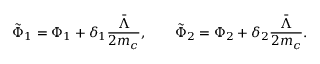
\tilde { \Phi } _ { 1 } = \Phi _ { 1 } + \delta _ { 1 } \frac { \bar { \Lambda } } { 2 m _ { c } } , \qquad \tilde { \Phi } _ { 2 } = \Phi _ { 2 } + \delta _ { 2 } \frac { \bar { \Lambda } } { 2 m _ { c } } .